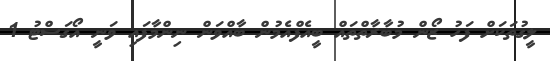
ލީގުތަކަށް ފަހު ޒޯން މުބާރާތްތައް ބީއެފްއެމުން ބާއްވަން ނިންމާފައި ވަނީ އޯގަސްޓު 1